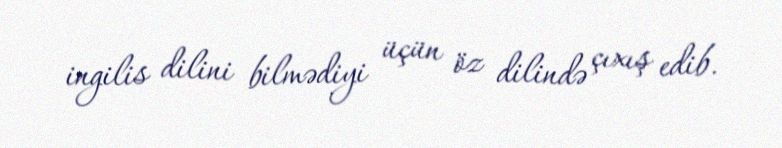
ingilis dilini bilmədiyi üçün öz dilində çıxış edib.